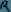
Text: R